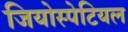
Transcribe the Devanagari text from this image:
जियोस्पेटियल